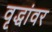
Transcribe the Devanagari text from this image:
वृद्धांवर